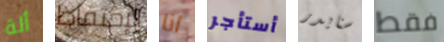
ألة الإحتفاظ انا أستأجر سنايدر فقط